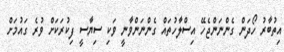
އިތުބާރު ހޯދަން ގެންނަންޖެހޭ އިސްލާހުތައް ގެންނަންވާނީ ވަކި ސިޔާސީ ފިކުރަކަށް ވުރެ ގައުމަށް